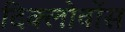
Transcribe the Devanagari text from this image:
दिक्लोर्वोस